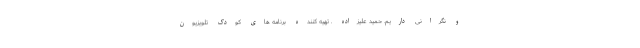
و نگرانی داریم. حمید علیزاده ـ تهیه کننده برنامه های کودک تلویزیون